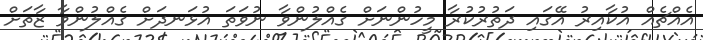
އެއްޗެއް އުކާއިރު އޭގައި ދަތުރުކުރާ މީހުންނަށް ގެއްލުންވާ ނުވަތަ އުޅަނދަށް ގެއްލުންވާ ޒާތަށް